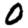
Digit: 0